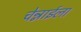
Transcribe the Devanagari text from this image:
चेन्नाईला